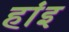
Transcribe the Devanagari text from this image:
हांइ